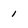
Character: 1